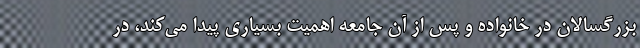
بزرگسالان در خانواده و پس از آن جامعه اهمیت بسیاری پیدا می‌کند، در